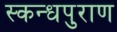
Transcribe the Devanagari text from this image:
स्कन्धपुराण